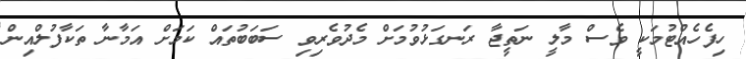
ހިފެހެއްޓުމަކީ ވެސް މާލީ ނަތީޖާ ރަނގަޅުވުމަށް މެދުވެރިވި ސަބަބުތައް ކަމަށް އަމާނާ ތަކާފުލްއިން